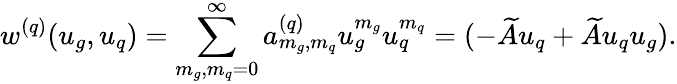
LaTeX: w^{(q)}(u_{g},u_{q})=\sum_{m_{g},m_{q}=0}^{\infty}a_{m_{g},m_{q}}^{(q)}u_{g}^{m_{g}}u_{q}^{m_{q}}=(-\widetilde Au_{q}+\widetilde Au_{q}u_{g}).